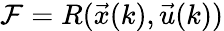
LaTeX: \mathcal{F}=R(\vec{x}(k),\vec{u}(k))